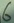
Text: 6